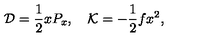
{ \cal D } = { \frac { 1 } { 2 } } x P _ { x } , \quad { \cal K } = - { \frac { 1 } { 2 } } f x ^ { 2 } ,